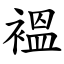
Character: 褞